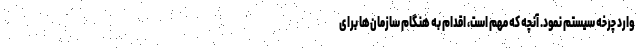
وارد چرخه سیستم نمود. آنچه که مهم است، اقدام به هنگام سازمان‌ها برای